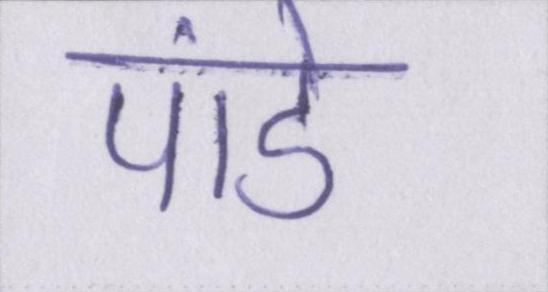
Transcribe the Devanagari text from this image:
पांडे